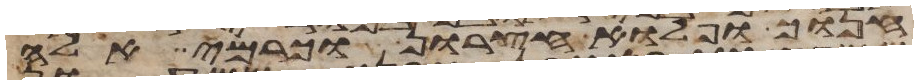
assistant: חנוך ופלוא חצרון וכרמי אלה